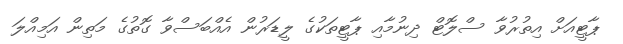
ޕާޓީއަށް އިތުރުވާ ސްލޮޓް ދިނުމާއި ޕާޓީތަކުގެ ލީޑަރުން އެއްބަސްވާ ގޮތުގެ މަތިން އަމިއްލަ